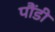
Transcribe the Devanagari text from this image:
पौंडी